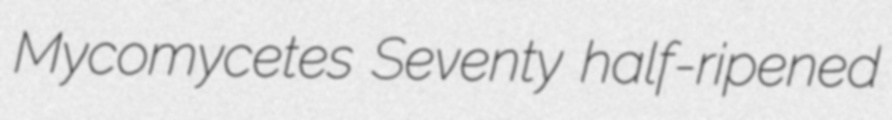
Mycomycetes Seventy half-ripened